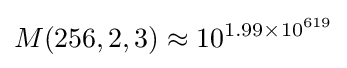
M(256,2,3)\approx 10^{\,\!1.99\times 10^{619}}